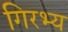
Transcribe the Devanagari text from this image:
गिरभ्य